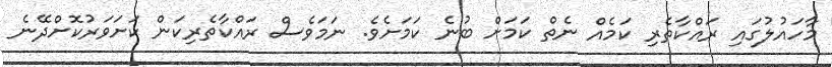
މާހައުލުގައި ރައްކާތެރި ކަމެއް ނެތް ކަމަށް ބުނެ ކަމަށެވެ. ނަމަވެސް ރައްކާތެރިކަން ކަށަވަރުކޮށްދޭނެ